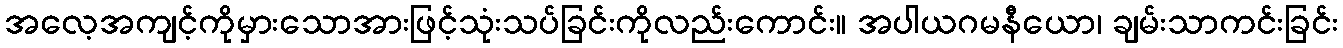
အလေ့အကျင့်ကိုမှားသောအားဖြင့်သုံးသပ်ခြင်းကိုလည်းကောင်း။ အပါယဂမနီယော၊ ချမ်းသာကင်းခြင်း